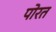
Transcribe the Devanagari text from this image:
पोरत